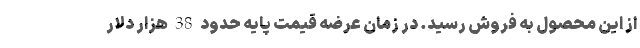
از این محصول به فروش رسید. در زمان عرضه قیمت پایه حدود 38 هزار دلار